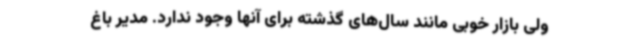
ولی بازار خوبی مانند سال‌های گذشته برای آنها وجود ندارد. مدیر باغ